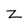
Character: Z